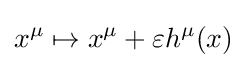
x^{\mu }\mapsto x^{\mu }+\varepsilon h^{\mu }(x)